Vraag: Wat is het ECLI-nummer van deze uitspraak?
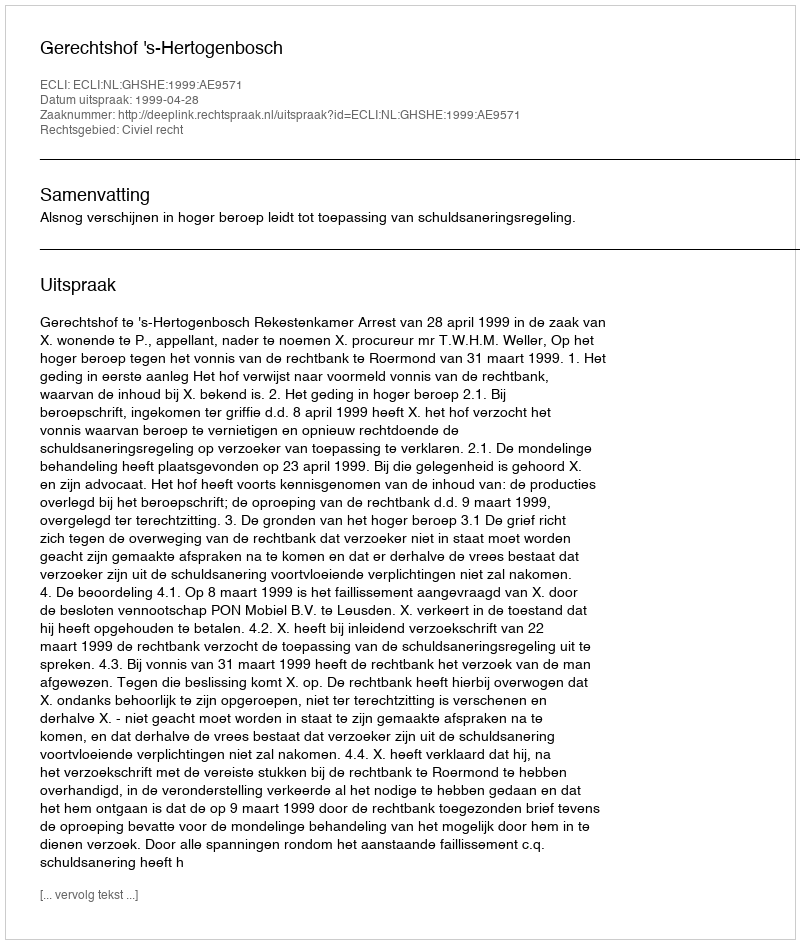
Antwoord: ECLI:NL:GHSHE:1999:AE9571